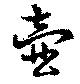
壷